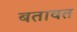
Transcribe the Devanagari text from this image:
बतावत